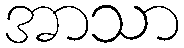
အာသာ